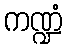
ကဏ္ဍံ